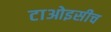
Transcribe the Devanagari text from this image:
टाओइसीच